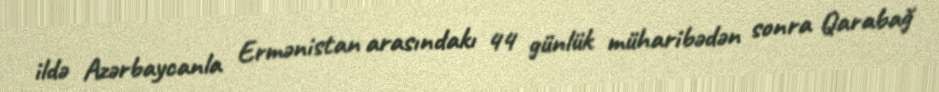
ildə Azərbaycanla Ermənistan arasındakı 44 günlük müharibədən sonra Qarabağ